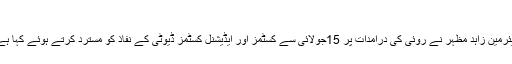
فوٹو: فائل
کراچی: آل پاکستان ٹیکسٹائل ملز ایسوسی ایشن (اپٹما) کے سینئر وائس چیئرمین زاہد مظہر نے روئی کی درآمدات پر 15جولائی سے کسٹمز اور ایڈیشنل کسٹمز ڈیوٹی کے نفاذ کو مسترد کرتے ہوئے کہا ہے کہ یہ بیمار ٹیکسٹائل انڈسٹری کے تابوت میں آخری کیل ثابت ہوں گی۔